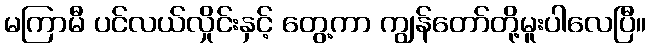
မကြာမီ ပင်လယ်လှိုင်းနှင့် တွေ့ကာ ကျွန်တော်တို့မူးပါလေပြီ။